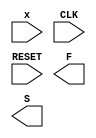
module machine_jk(
    input wire x,
    input wire CLK,
    input wire RESET,
    output wire F,
    output wire [2:0] S
);
    // Your code goes here.  DO NOT change anything that is already given! Otherwise, you will not be able to pass the tests!
endmodule